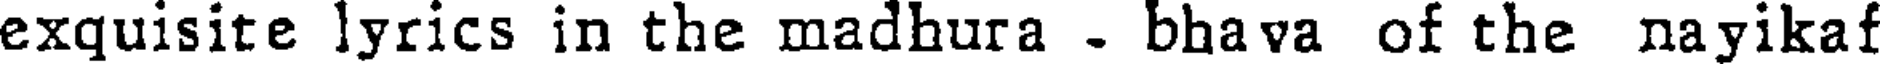
exquisite lyrics in the madhura - bhava of the nayikaf